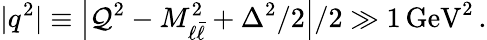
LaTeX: |q^{2}|\equiv\left|{\cal Q}^{2}-M_{\ell\bar{\ell}}^{2}+\Delta^{2}/2\right|/2\gg 1\, \mathrm{GeV}^{2}\, .